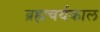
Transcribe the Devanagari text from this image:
ब्रह्मचर्यकाल